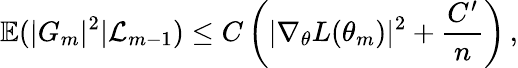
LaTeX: \mathbb{E}(|G_{m}|^{2}|\mathcal{L}_{m-1})\leq C\left(|\nabla_{\theta}L(\theta_{m})|^{2}+\frac{C^{\prime}}{n}\right)\, ,